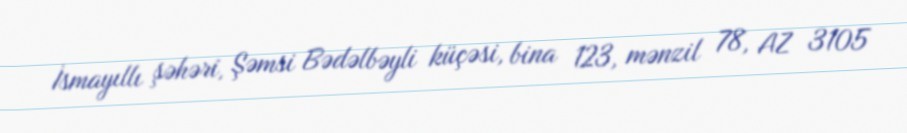
İsmayıllı şəhəri, Şəmsi Bədəlbəyli küçəsi, bina 123, mənzil 78, AZ 3105